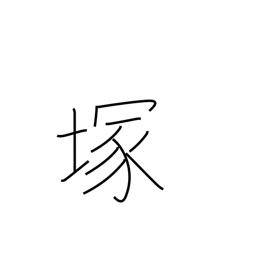
Meaning: mound